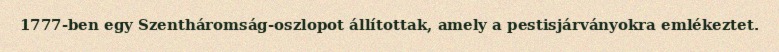
1777-ben egy Szentháromság-oszlopot állítottak, amely a pestisjárványokra emlékeztet.